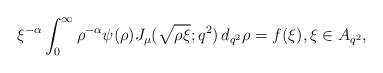
LaTeX: \begin{align*} \xi^{-\alpha} \int_0^\infty \rho^{-\alpha} \psi (\rho) J_\mu (\sqrt{\rho \xi}; q^2) \,d_{q^2}\rho= f(\xi), \xi\in A_{q^2}, \end{align*}